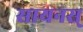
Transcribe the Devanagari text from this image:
सायनस्